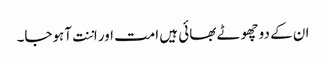
ان کے دو چھوٹے بھائی ہیں امت اور اننت آہوجا۔